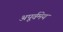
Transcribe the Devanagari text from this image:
अपूर्वमेय